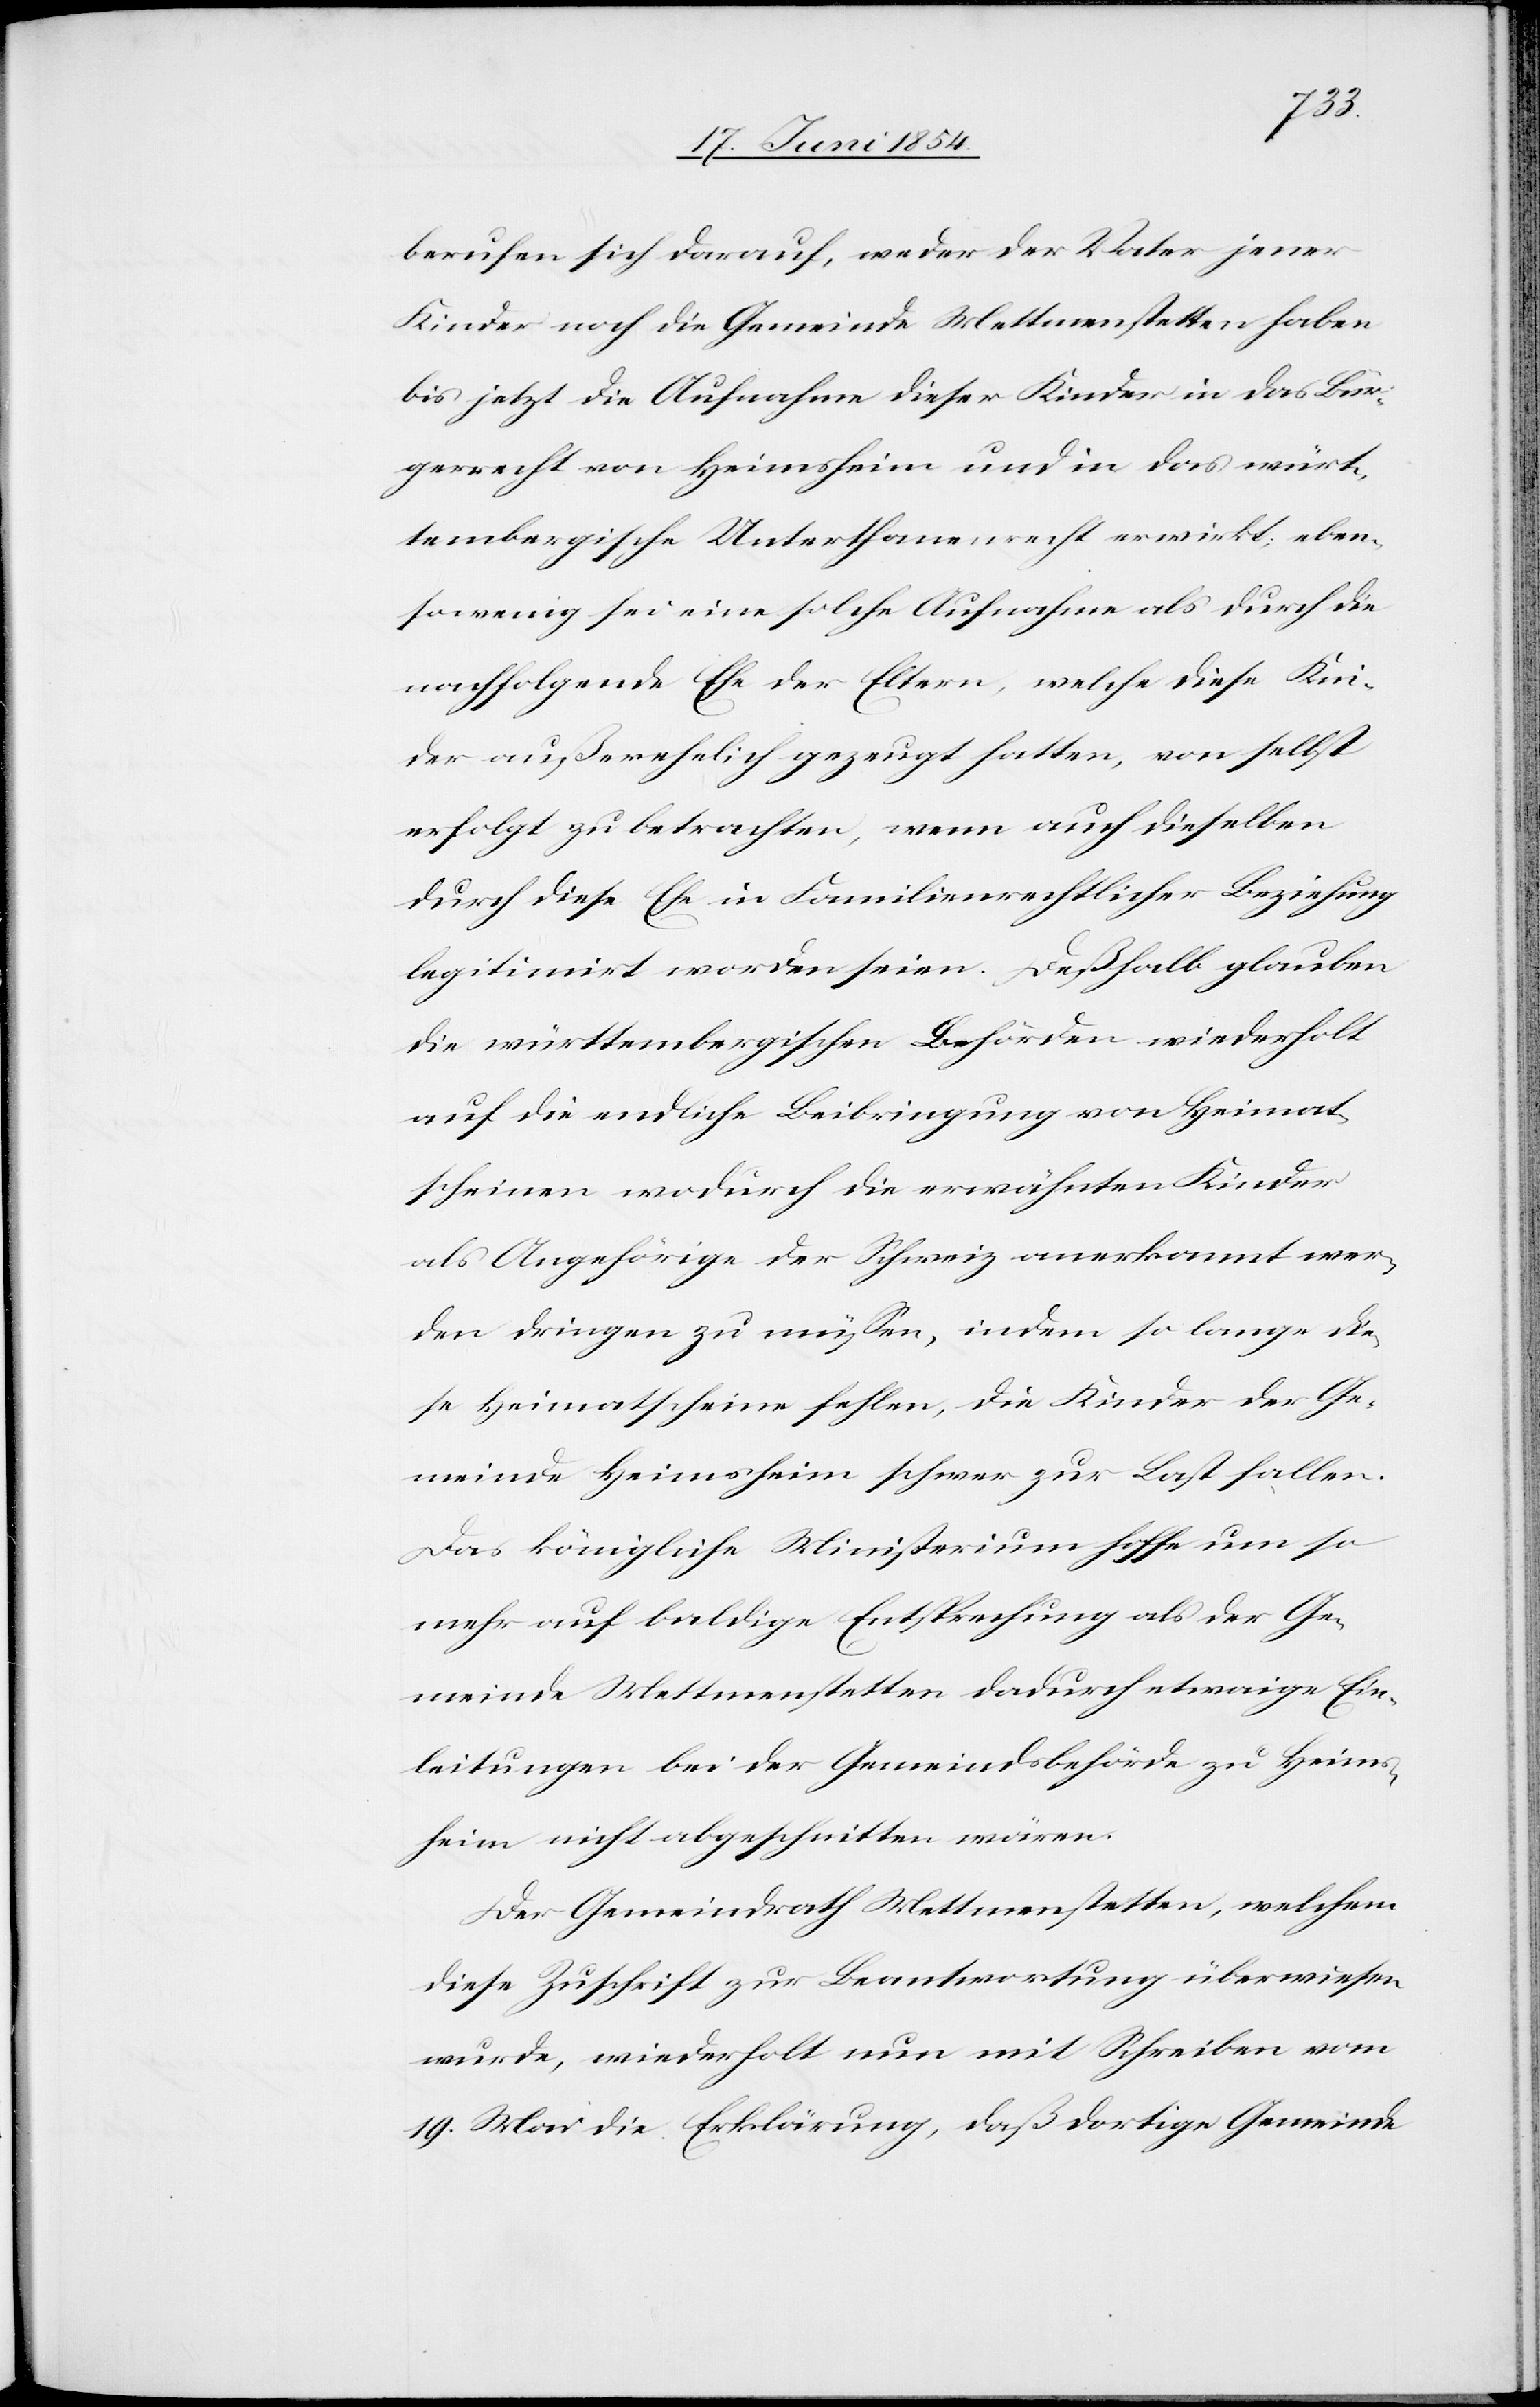
berufen sich darauf, weder der Vater jener
Kinder noch die Gemeinde Mettmenstetten haben
bis jetzt die Aufnahme dieser Kinder in das Bür¬
gerrecht von Heimsheim und in das würt¬
tembergische Unterthanenrecht erwirkt; eben¬
sowenig sei eine solche Aufnahme als durch die
nachfolgende Ehe der Eltern, welche diese Kin¬
der außerehelich gezeugt hatten, von selbst
erfolgt zu betrachten, wenn auch dieselben
durch diese Ehe in Familienrechtlicher Beziehung
legitimirt worden seien. Deßhalb glauben
die württembergischen Behörden wiederholt
auf die endliche Beibringung von Heimat¬
scheinen wodurch die erwähnten Kinder
als Angehörige der Schweiz anerkannt wer¬
den dringen zu müßen, indem so lange die¬
se Heimatscheine fehlen, die Kinder der Ge¬
meinde Heimsheim schwer zur Last fallen.
Das königliche Ministerium hoffe um so
mehr auf baldig Entsprechung als der Ge¬
meinde Mettmenstetten dadurch etwaige Ein¬
leitungen bei der Gemeindsbehörde zur Heims¬
heim nicht abgeschnitten wären.
Der Gemeindrath Mettmenstetten, welchem
diese Zuschrift zur Beantwortung überwiesen
wurde, wiederholt nun mit Schreiben vom
19. Mai die Erklärung, daß dortige Gemeinde